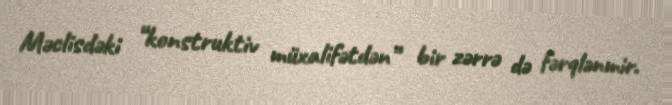
Məclisdəki “konstruktiv müxalifətdən” bir zərrə də fərqlənmir.